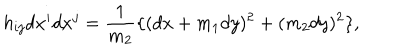
h _ { i j } d x ^ { i } d x ^ { j } = \frac { 1 } { m _ { 2 } } \{ ( d x + m _ { 1 } d y ) ^ { 2 } + ( m _ { 2 } d y ) ^ { 2 } \} ,